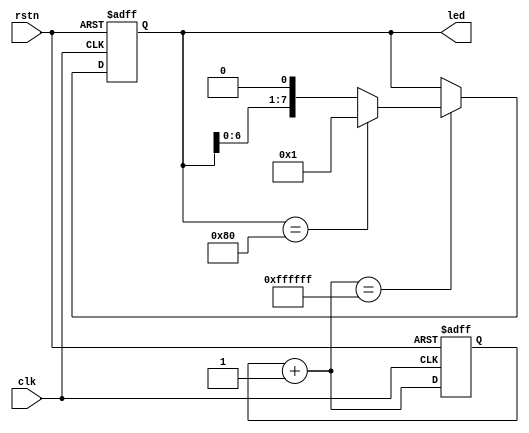
`timescale 1ns / 1ps
//////////////////////////////////////////////////////////////////////////////////
// Company: 
// Engineer: 
// 
// Design Name: 
// Module Name: Flowing_LED_8
// Project Name: 
// Target Devices: 
// Tool Versions: 
// Description: 
// 
// Dependencies: 
// 
// Revision:
// Revision 0.01 - File Created
// Additional Comments:
// 
//////////////////////////////////////////////////////////////////////////////////


module Flowing_LED_8(
    input clk,
    input rstn,
    output [7:0]led
    );
    
    reg [23:0]count;  // 
    reg [7:0]ledtemp;
    
    always @(posedge clk or negedge rstn) begin
        if(!rstn) begin
            count <= 1'b0;
            ledtemp <= 8'b00000001;     // 00led
        end
        else begin
            count = count + 1'b1;
            if(count == 24'hffffff) begin   //---2^24
                if(ledtemp == 8'b10000000) begin
                    ledtemp <= 8'b00000001;   // 10000000
                end
                else begin
                    ledtemp <= ledtemp << 1;   // 
                end
            end
        end
    end
    assign led = ledtemp;
endmodule